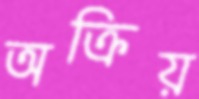
অক্রিয়